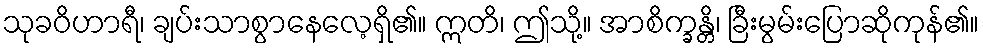
သုခဝိဟာရီ၊ ချပ်းသာစွာနေလေ့ရှိ၏။ ဣတိ၊ ဤသို့။ အာစိက္ခန္တိ၊ ခြီးမွမ်းပြောဆိုကုန်၏။